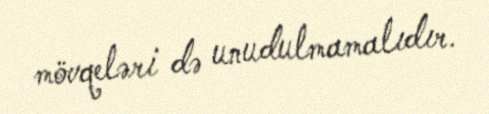
mövqeləri də unudulmamalıdır.